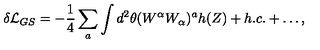
\delta { \cal L } _ { G S } = - \frac { 1 } { 4 } \sum _ { a } \int d ^ { 2 } \theta ( W ^ { \alpha } W _ { \alpha } ) ^ { a } h ( Z ) + h . c . + \dots ,